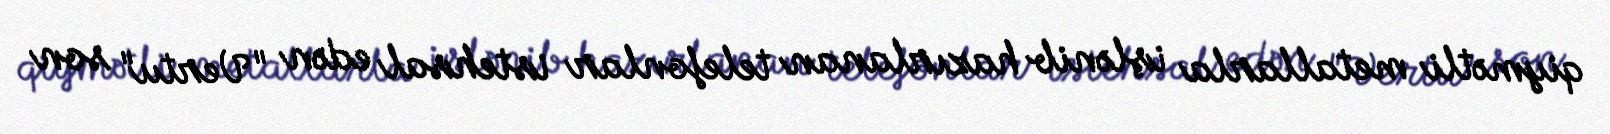
qiymətli metallarla işlənib hazırlanan telefonlar istehsal edən "Vertu" son